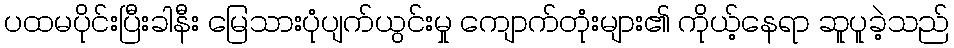
ပထမပိုင်းပြီးခါနီး မြေသားပုံပျက်ယွင်းမှု ကျောက်တုံးများ၏ ကိုယ့်နေရာ ဆူပူခဲ့သည်